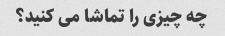
چه چیزی را تماشا می کنید؟